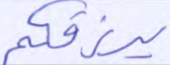
يرزقكم